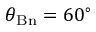
\theta _ { \mathrm { B n } } = 6 0 ^ { \circ }